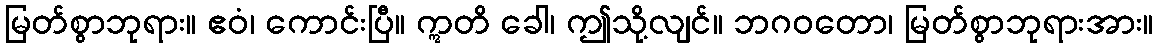
မြတ်စွာဘုရား။ ဧဝံ၊ ကောင်းပြီ။ ဣတိ ခေါ၊ ဤသို့လျင်။ ဘဂဝတော၊ မြတ်စွာဘုရားအား။